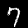
Digit: 7